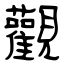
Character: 觀